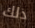
ذلك